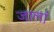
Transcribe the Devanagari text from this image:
जालां